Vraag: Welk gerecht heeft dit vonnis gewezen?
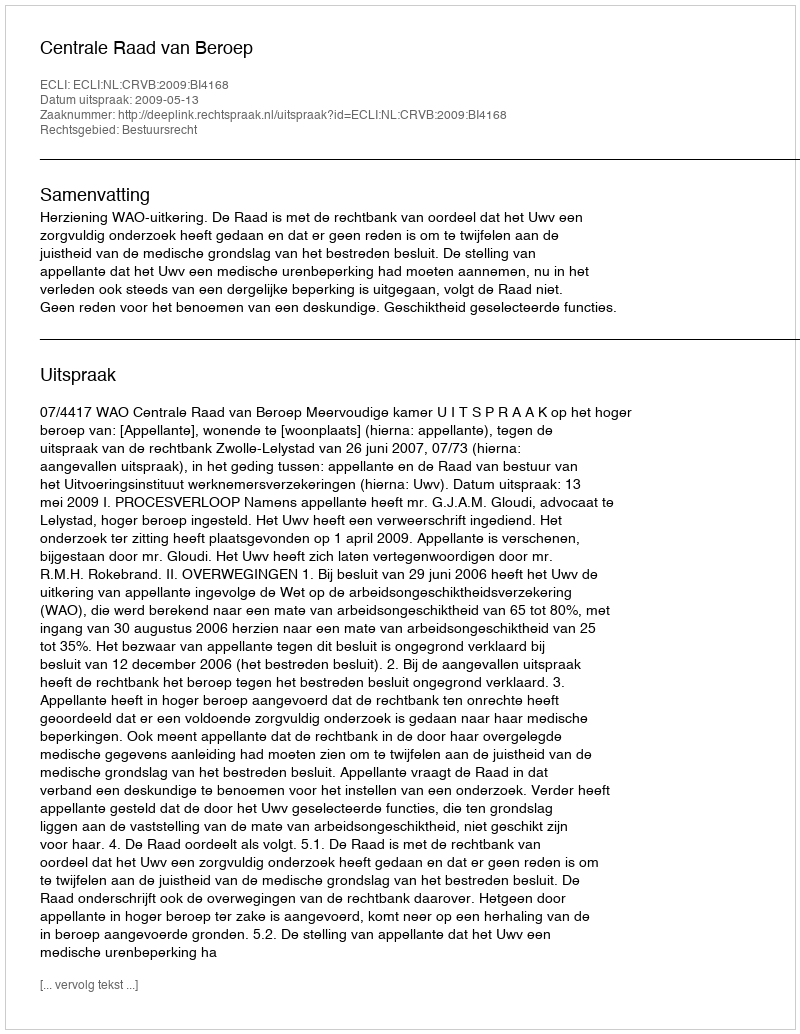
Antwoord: Centrale Raad van Beroep